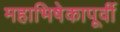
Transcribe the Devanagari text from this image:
महाभिषेकापूर्वी